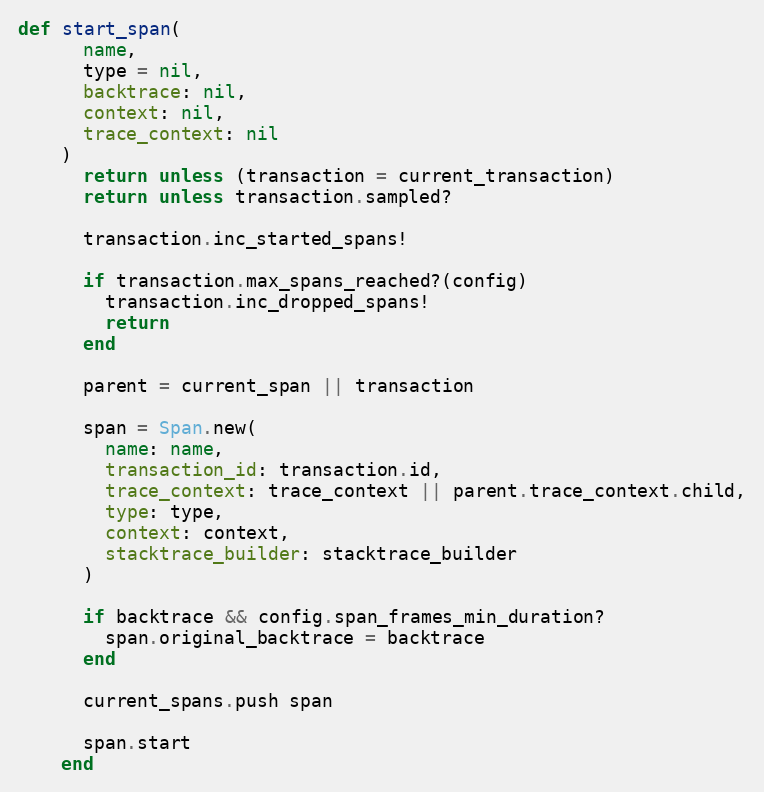
Language: Ruby
def start_span(
      name,
      type = nil,
      backtrace: nil,
      context: nil,
      trace_context: nil
    )
      return unless (transaction = current_transaction)
      return unless transaction.sampled?

      transaction.inc_started_spans!

      if transaction.max_spans_reached?(config)
        transaction.inc_dropped_spans!
        return
      end

      parent = current_span || transaction

      span = Span.new(
        name: name,
        transaction_id: transaction.id,
        trace_context: trace_context || parent.trace_context.child,
        type: type,
        context: context,
        stacktrace_builder: stacktrace_builder
      )

      if backtrace && config.span_frames_min_duration?
        span.original_backtrace = backtrace
      end

      current_spans.push span

      span.start
    end